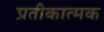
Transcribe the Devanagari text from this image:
प्रतीकात्‍मक